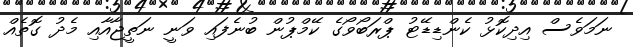
ނަމަވެސް އިދިކޮޅު ކެންޑިޑޭޓު ޕްރަބޯވޯގެ ކޭމްޕުން ބުނެފައި ވަނީ ނަތީޖާއާއި މެދު ގޮތެއް